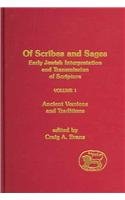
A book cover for Of Scribes And Sages: Early Jewish Interpretation And Transmission Of Scripture . Volume 1: Ancient Versions and Traditions. (Library of Second Temple Studies 50); Craig A. Evans; Christian Books & Bibles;